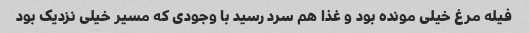
فیله مرغ خیلی مونده بود و غذا هم سرد رسید با وجودی که مسیر خیلی نزدیک بود